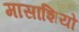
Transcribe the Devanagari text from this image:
मासाशियो